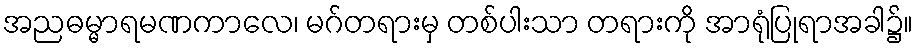
အညဓမ္မာရမဏကာလေ၊ မဂ်တရားမှ တစ်ပါးသာ တရားကို အာရုံပြုရာအခါ၌။